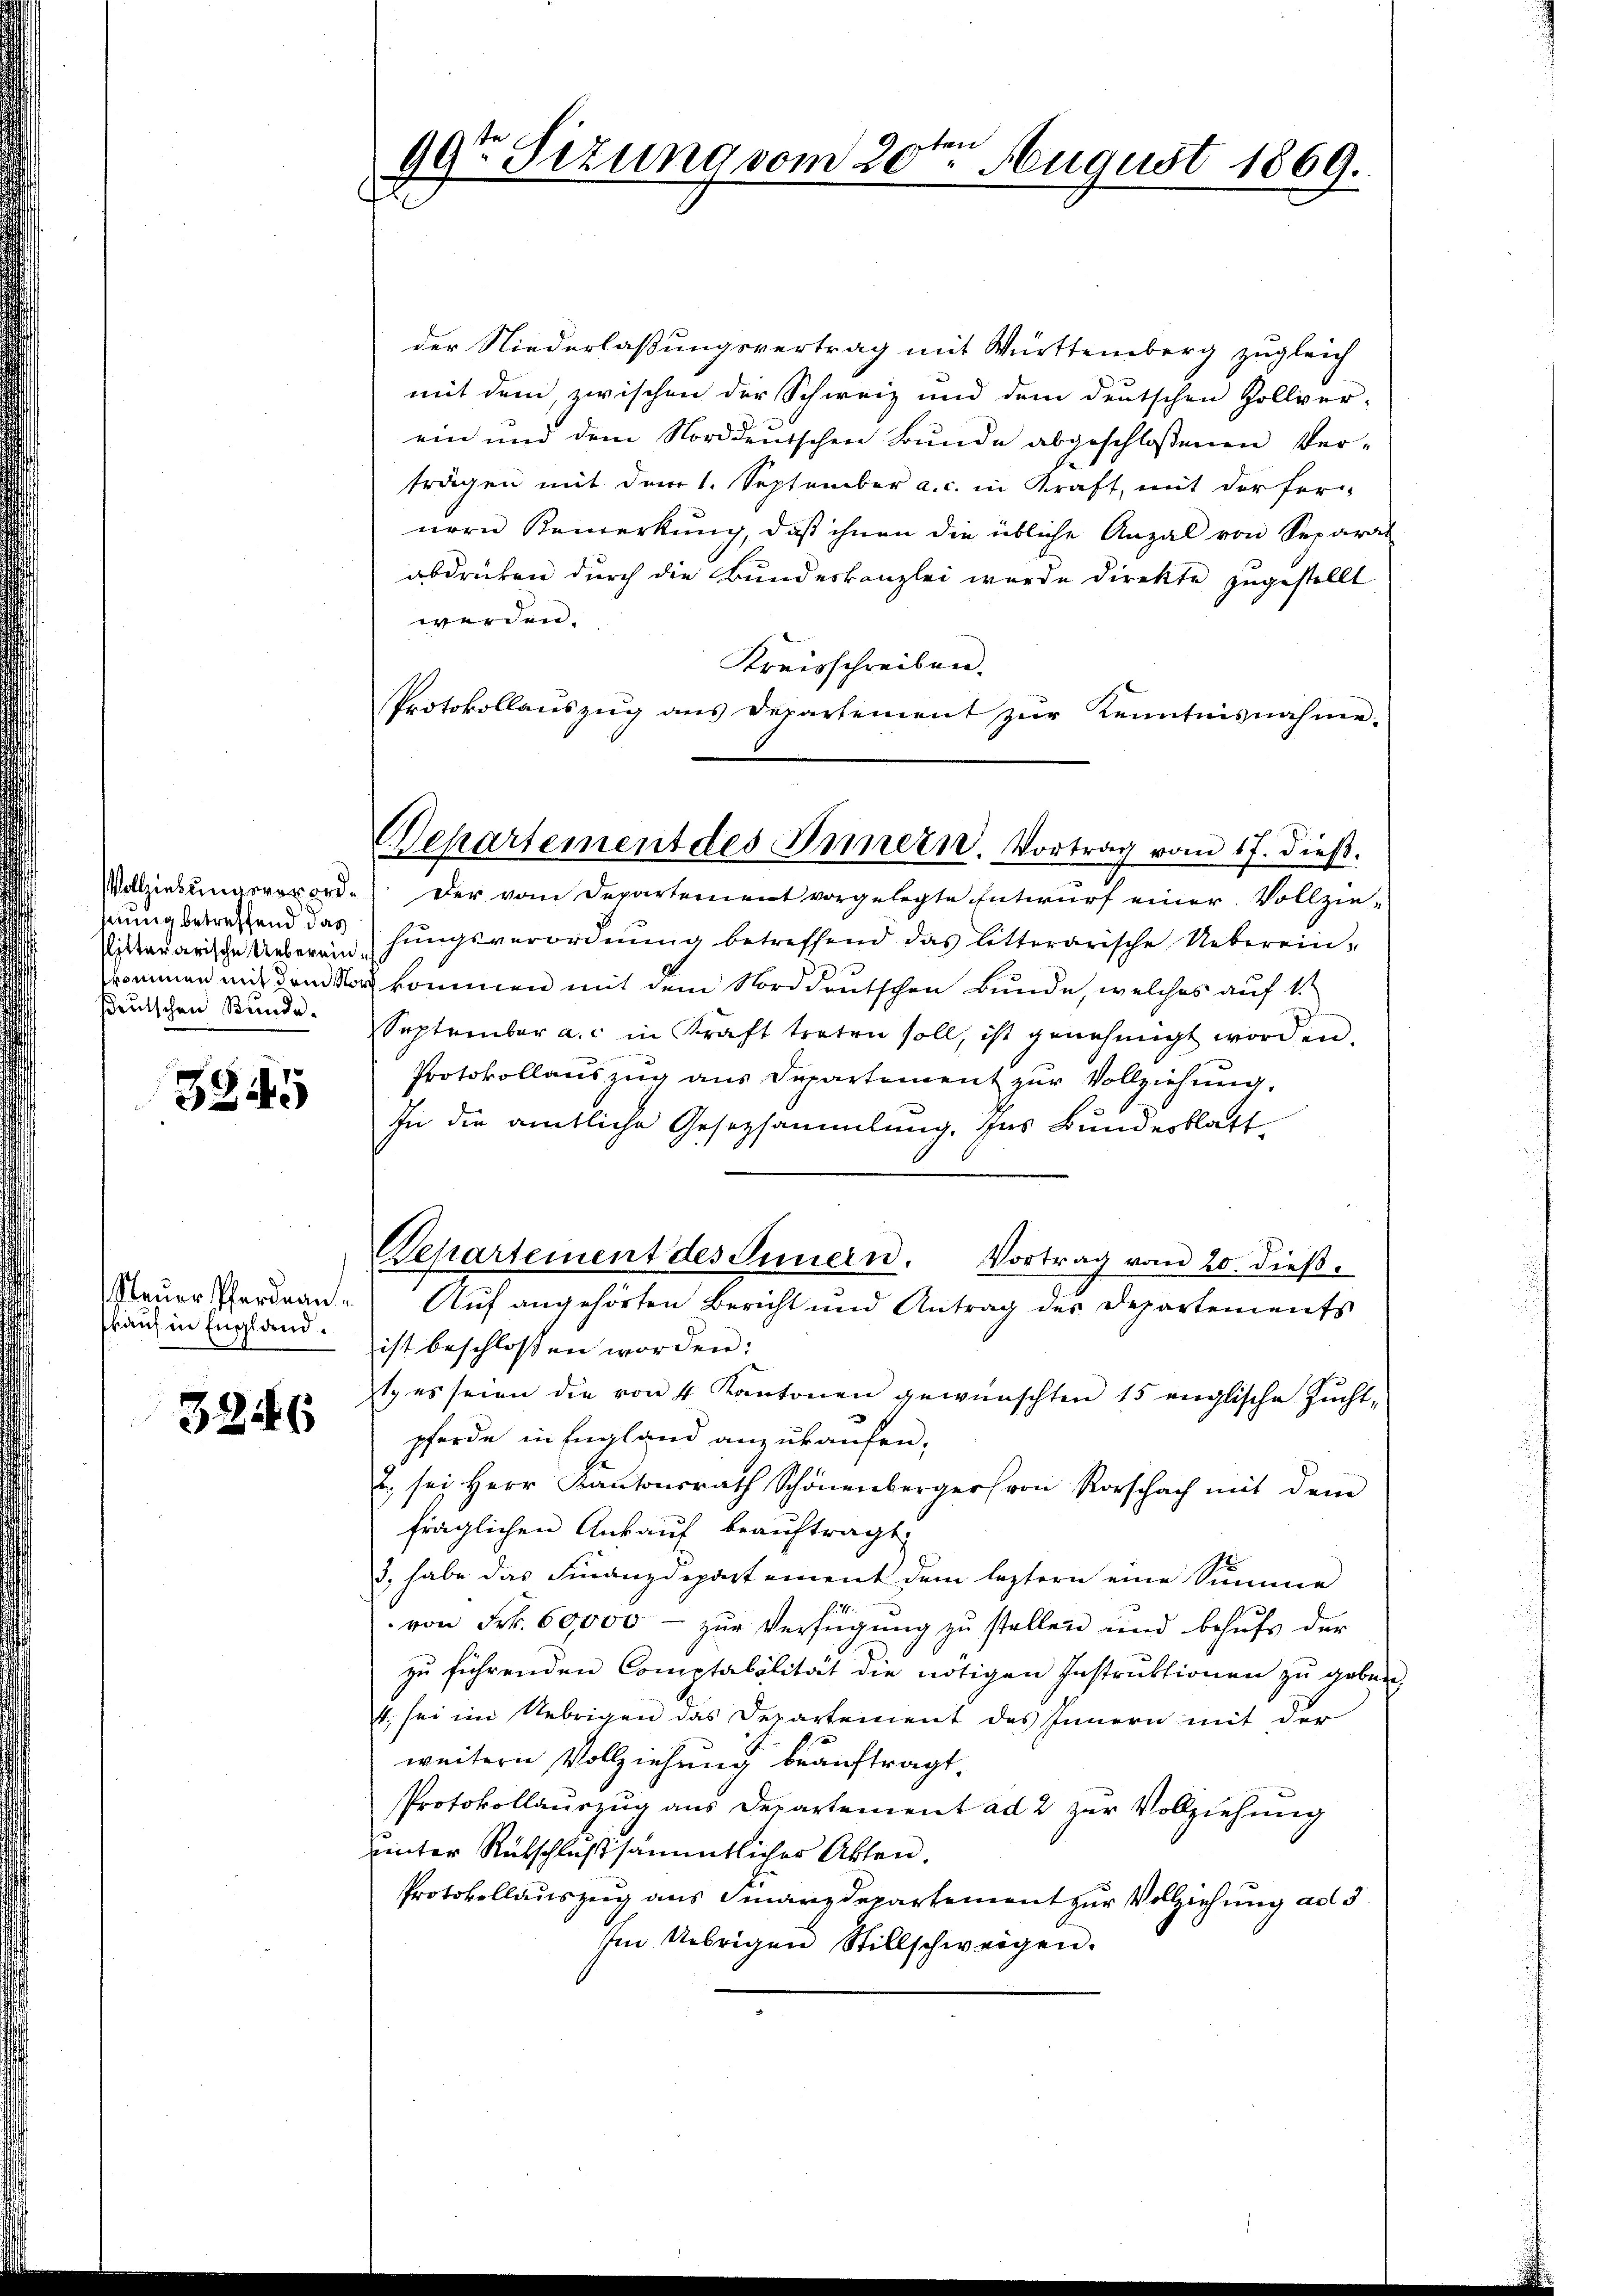
sinnig betreffend das
Pitterarische Uebereinskommen mit den No
sdeutschen Stunde.

3345

teuer Pardnankauf in England.

3246

14
99ten Sizung vom 20. August 1869.

Separtement des Innern. Vortrag vom 17. dieβ.

der Niederlaßungsvertrag mit Württemberg zugleich
mit dem, zwischen der Schweiz und dem deutschen Zollver-
ein und dem Norddeutschen Bunde abgeschloßenen Vertragen mit dem 1. September a. c. in Kraft, mit der fernern Bemerkung, daß ihnen die übliche Anzal von Separal
abdrücken durch die Bundeskanzlei wurde direkte zugestellt
werden.
Kreisschreiben.
Protokollauszug aus Departement zur Kenntnisnahme.
Vollziehŭngsverord- der vom Departement vorgelegte Entwŭrf einer Vollzie-
hungsverordnung betreffend das litterarische Ueberein¬
u kommen mit dem Norddeutschen Bunde, welches auf 1.
September a. c. in Kraft treten soll, ist genehmigt worden.
Protokollauszug aus Departement zur Vollziehung.
In die amtliche Gesetzsammlung. Ins Bundesblatt
Bepartement des Innern. Vortrag vom 20. dieβ.
Auf angehörten Bericht und Antrag der Departements
ist beschlossen worden:
t. es seien die von 4 Kantonen gewünschten 15 englische Zuchtpferde in England anzukaufen.
2. sei Herr Kantonsrath Schönenberger von Rorschach mit dem
fraglichen Ankauf beauftragt
3, habe das Finanzdepartement dem leztern eine Summe
B. 4.
von Frk. 60,000 - zur Verfügŭng zŭ stellen und behŭfs der
zu führenden Comptabilität die nötigen Instruktionen zu geben,
t. sei im Uebrigen das Departement des Innern mit der
weitern Vollziehung beauftragt.
Protokollauszug aus Departement ad 2 zur Vollziehung
uinter Rütschluß sämmtlicher Akten.
Protokollauszug aus Finanzdepartement zur Vollziehung ad 3
Im Übrigen Stillschweigen.